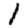
Digit: 1